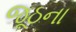
જૂઠના